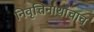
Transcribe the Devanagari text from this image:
निवृत्तिनाथांचाच